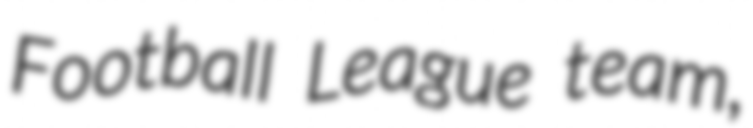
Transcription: Football League team,